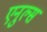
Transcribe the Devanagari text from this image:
एनुल्स